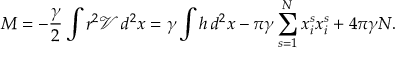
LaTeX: M = - \frac { \gamma } { 2 } \int r ^ { 2 } \mathcal { V } \, d ^ { 2 } x = \gamma \int h \, d ^ { 2 } x - \pi \gamma \sum _ { s = 1 } ^ { N } x _ { i } ^ { s } x _ { i } ^ { s } + 4 \pi \gamma N .